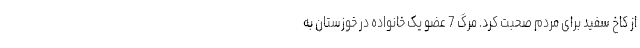
از کاخ سفید برای مردم صحبت کرد. مرگ 7 عضو یک خانواده در خوزستان به